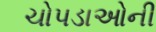
ચોપડાઓની